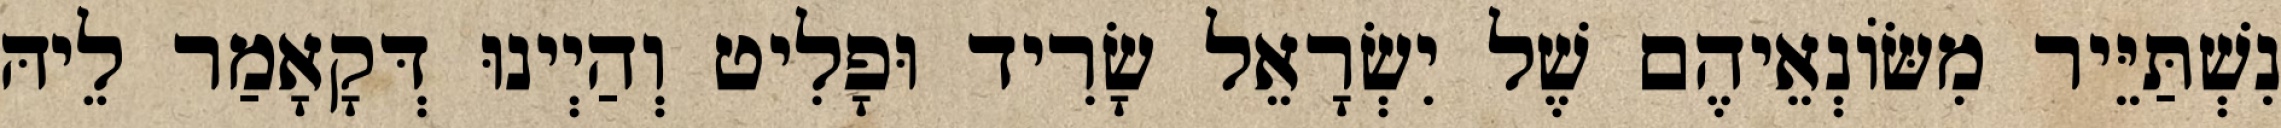
נִשְׁתַּיֵּיר מִשּׂוֹנְאֵיהֶם שֶׁל יִשְׂרָאֵל שָׂרִיד וּפָלִיט וְהַיְינוּ דְּקָאָמַר לֵיהּ